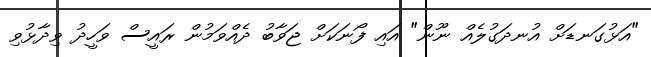
"އަޅުގަނޑަށް އުނދަގުލެއް ނޫން" އައި ފޯނަކަށް ޖަވާބު ދެއްވަމުން ރައީސް ވަހީދު ވިދާޅުވި